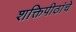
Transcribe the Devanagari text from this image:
शक्तिपीठांचे